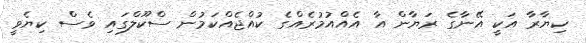
ކިޔާރާ އަކީ އޭނާގެ ރަޔާން އާ އެއްއުމުރެއްގެ ކުއްޖެއްކަމުން ސްކޫލްގައި ވެސް ކިޔެވީ